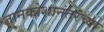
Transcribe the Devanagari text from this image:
ज्ञानकोशानंतरच्या